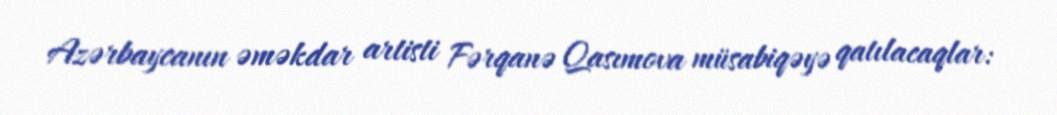
Azərbaycanın əməkdar artisti Fərqanə Qasımova müsabiqəyə qatılacaqlar: